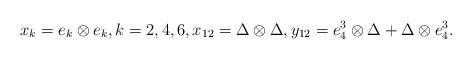
LaTeX: \begin{align*} x_{k} = e_{k} \otimes e_{k} , k = 2, 4, 6, x_{12} = \Delta \otimes \Delta, y_{12} = e_{4}^{3} \otimes \Delta + \Delta \otimes e_{4}^{3}.\end{align*}